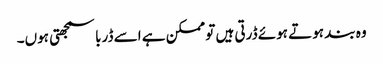
وہ بند ہوتے ہوئے ڈرتی ہیں تو ممکن ہے اسے ڈربا سمجھتی ہوں۔